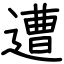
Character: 遭